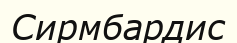
Сирмбардис